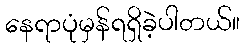
နေရာပုံမှန်ရရှိခဲ့ပါတယ်။